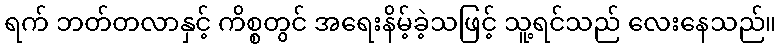
ရက် ဘတ်တလာနှင့် ကိစ္စတွင် အရေးနိမ့်ခဲ့သဖြင့် သူ့ရင်သည် လေးနေသည်။